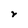
Character: r